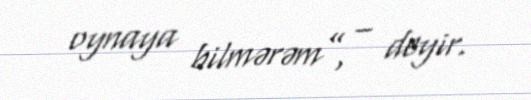
oynaya bilmərəm”, – deyir.